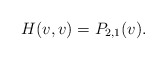
\begin{align*} H(v,v)=P_{2,1}(v).\end{align*}